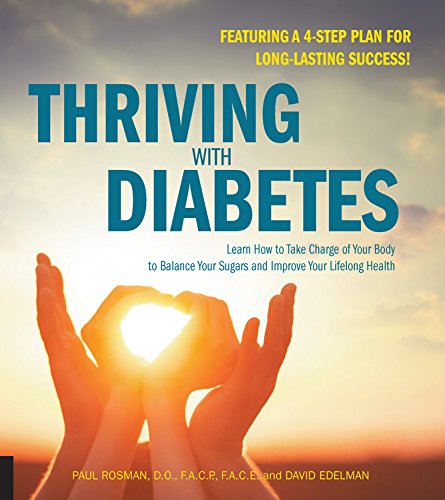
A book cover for Thriving with Diabetes: Learn How to Take Charge of Your Body to Balance Your Sugars and Improve Your Lifelong Health - Featuring a 4-Step Plan for Long-Lasting Success!; Paul Rosman; Cookbooks, Food & Wine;